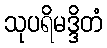
သုပရိမဒ္ဒိတံ